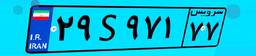
۲۹S۹۷۱۷۷